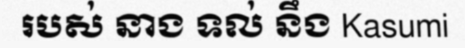
របស់ នាង ទល់ នឹង Kasumi